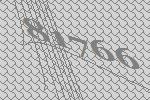
81766